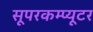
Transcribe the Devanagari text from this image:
सूपरकम्प्यूटर